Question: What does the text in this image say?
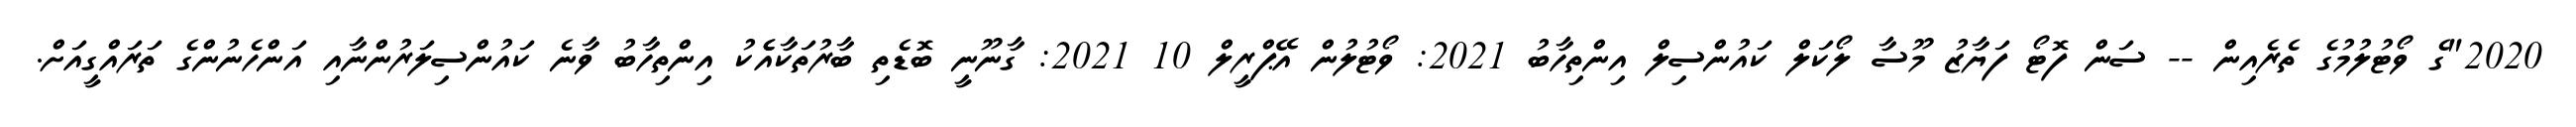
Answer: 2020"ގެ ވޯޓުލުމުގެ ތެރެއިން -- ސަން ފޮޓޯ ފަޔާޒު މޫސާ ލޯކަލް ކައުންސިލް އިންތިހާބު 2021: ވޯޓުލުން އޭޕްރީލް 10 2021: ގާނޫނީ ބޮޑެތި ބާރުތަކާއެެކު އިންތިހާބު ވާނެ ކައުންސިލަރުންނާއި އަންހެނުންގެ ތަރައްގީއަށް.